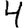
Digit: 4